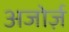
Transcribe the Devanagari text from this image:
अजोर्ज़